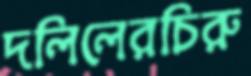
দলিলেরচিরু